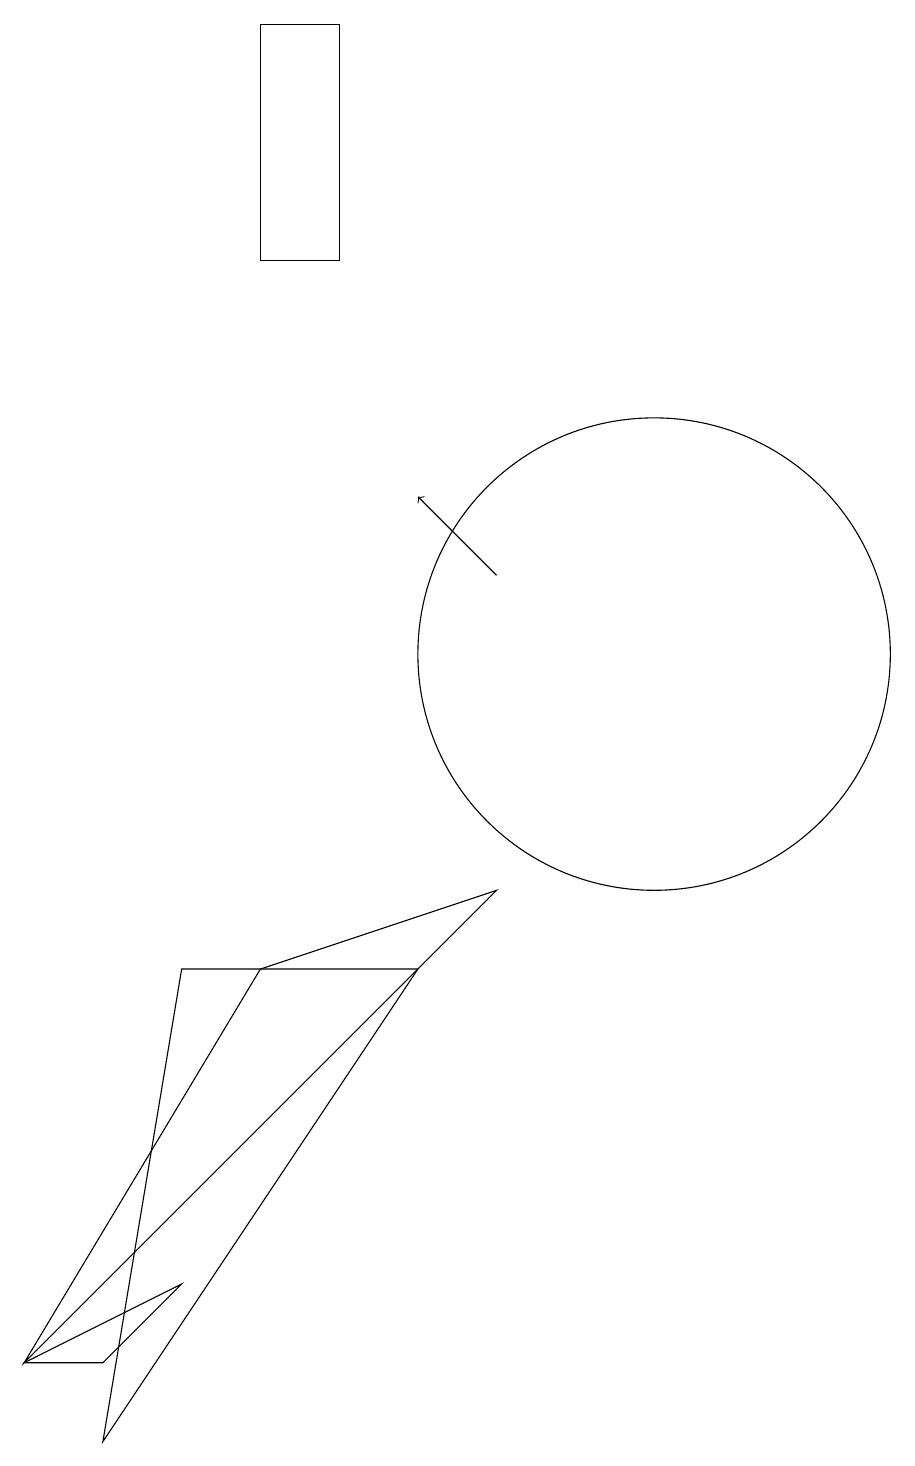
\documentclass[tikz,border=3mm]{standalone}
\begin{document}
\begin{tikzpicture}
\draw[->] (9,11) -- (8,12);
\draw (7,18) rectangle (6,15);
\draw (4,1) -- (5,2) -- (3,1) -- cycle;
\draw (11,10) circle (3);
\draw (3,1) -- (9,7) -- (6,6) -- cycle;
\draw (5,6) -- (4,0) -- (8,6) -- cycle;
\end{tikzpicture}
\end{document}